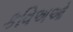
કવિઅઓ